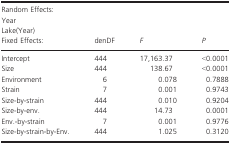
| <COLSPAN=4> Random Effects: |
 | Year |  |  |  |
 | Lake(Year) |  |  |  |
 | Fixed Effects: | denDF | F | P |
 | --- | --- | --- | --- |
 | Intercept | 444 | 17,163.37 | <0.0001 |
 | Size | 444 | 138.67 | <0.0001 |
 | Environment | 6 | 0.078 | 0.7888 |
 | Strain | 7 | 0.001 | 0.9743 |
 | Size‐by‐strain | 444 | 0.010 | 0.9204 |
 | Size‐by‐env. | 444 | 14.73 | 0.0001 |
 | Env.‐by‐strain | 7 | 0.001 | 0.9776 |
 | Size‐by‐strain‐by‐Env. | 444 | 1.025 | 0.3120 |